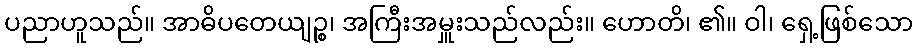
ပညာဟူသည်။ အာဓိပတေယျဉ္စ၊ အကြီးအမှူးသည်လည်း။ ဟောတိ၊ ၏။ ဝါ၊ ရှေ့ဖြစ်သော